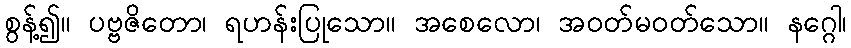
စွန့်၍။ ပဗ္ဗဇိတော၊ ရဟန်းပြုသော။ အစေလော၊ အဝတ်မဝတ်သော။ နဂ္ဂေါ၊